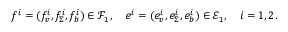
f ^ { i } = ( f _ { v } ^ { i } , f _ { \Sigma } ^ { i } , f _ { b } ^ { i } ) \in \mathcal { F } _ { 1 } , \quad e ^ { i } = ( e _ { v } ^ { i } , e _ { \Sigma } ^ { i } , e _ { b } ^ { i } ) \in \mathcal { E } _ { 1 } , \quad i = 1 , 2 .